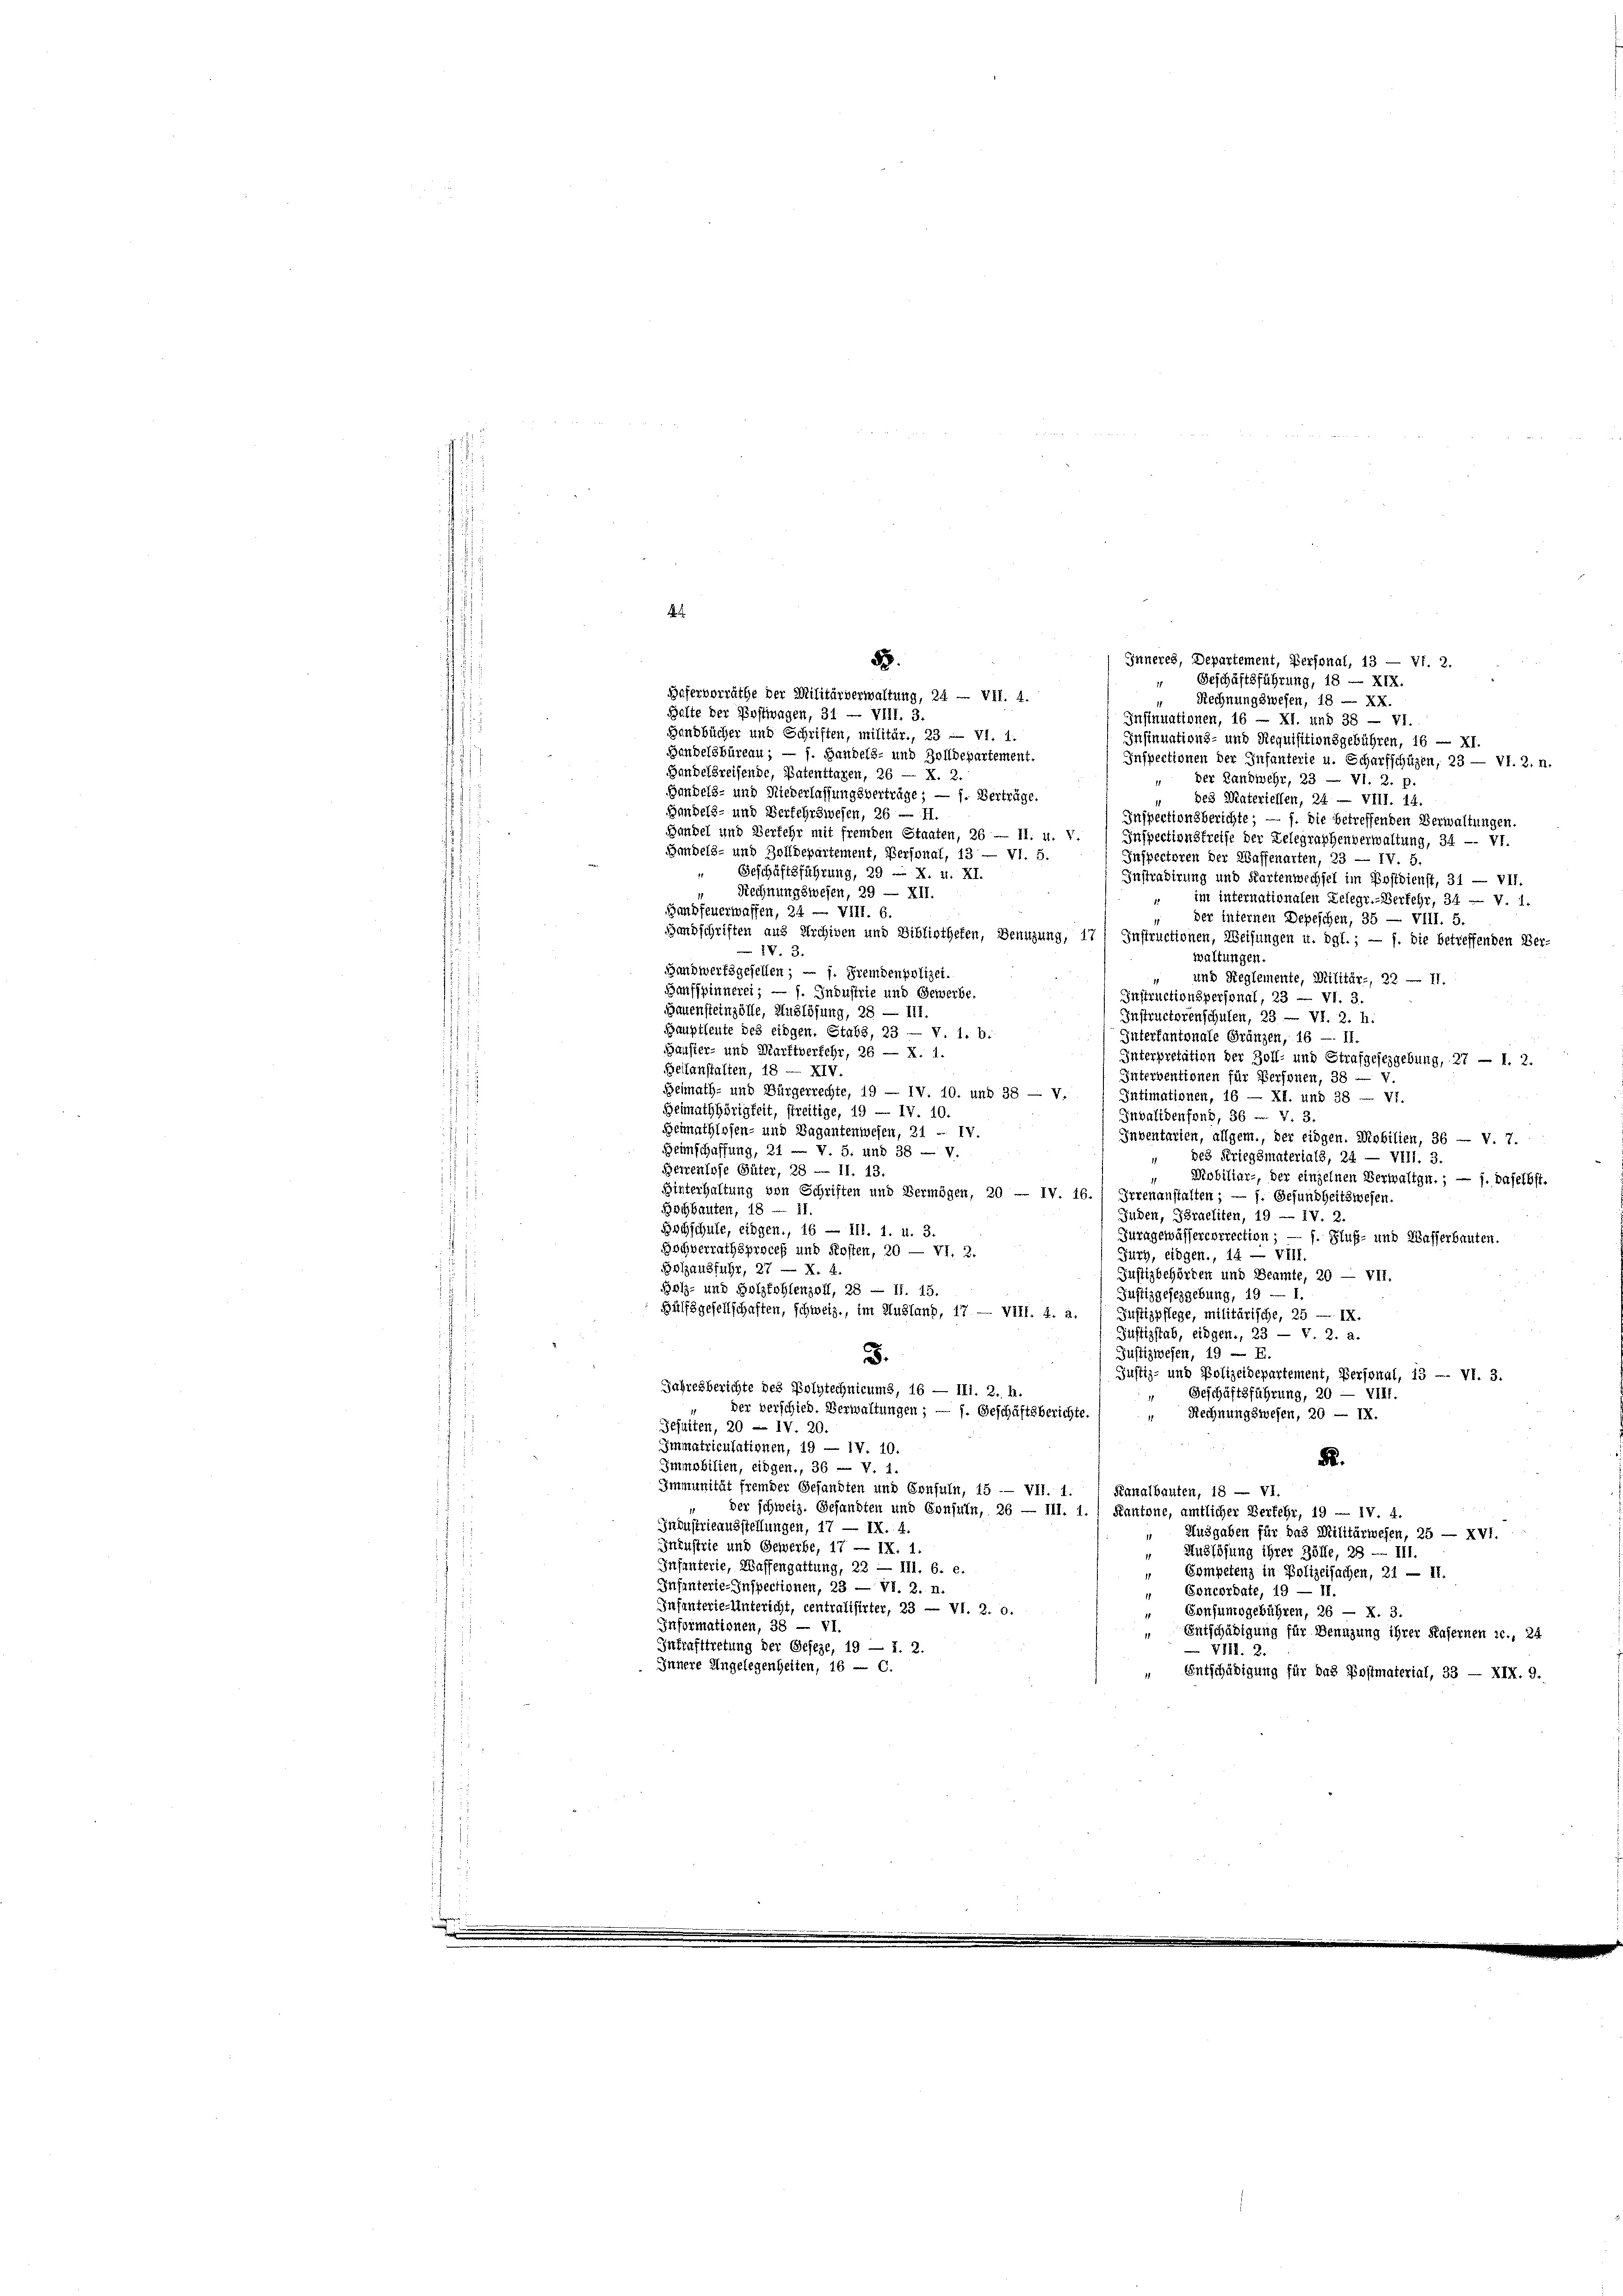
4

Handbücher und Schriften, militär., 23 - VI. 1.
Insinuations- und Requisitionsgebühren, 16 — XI.
Handelsbüreau ; — f. Handels- und Zolldepartement.
Inspectionen der Infanterie u. Scharfschüzen, 23 — VI. 2. n.
Gandelsreisende, Patenttagen, 26 — X. 2.
 Der Landwehr, 23 — VI. 2. p.
Handels- und Niederlassungsverträge; — 1. Verträge.
des Materiellen, 24 — VIII. 14.
Handels- und Verfehrswesen, 26 — H.
Inspectionsberichte; — f. die betreffenden Verwaltungen.
Bandel und Verkehr mit fremden Staaten, 26 — 11. u. V.
Inspectionsfreise der Gelegraphenverwaltung, 34 -- VI.
Sandels- und Zolldepartement, Personal, 13 — VI. 5.
Inspectoren der Waffenarten, 23 — IV. 5.
Geschäftsführung, 29 — X. u. XI.
Instradirung und Kartenwechsel im Postdienst, 31 — VII.
Rechnungswesen, 29 — XII.
im internationalen Gelegr.-Verfehr, 34 — V. 1.
Bandfeuerwaffen, 24 — VIII. 6.
der internen Depeschen, 35 — VIII. 5.
Handschriften aus Archiven und Bibliothefen, Benuzung, 17) Instructionen, Weisungen u. dgl.; — j. die betreffenden Ver-
V. 3.
waltungen.
Handwerksgesellen; — 1. Fremdenpolizei.
und Reglemente, Militär-, 22 — ff.
Baufspinnerei; — f. Industrie und Gewerbe.
Instructionspersonal, 23 — VI. 3.
Gauensteinzölle, Auslösung, 28 — 111.
Instructorenschulen, 23 — VI. 2. h.
Hauptleute des eidgen. Stabs, 23 — V. 1. b.
Interfantonale Gränzen, 16 — II.
Bauster- und Marftverkehr, 26 — X. 1.
Interpretation der Zoll- und Strafgesezgebung, 27 — 1. 2.
Beilanstalten, 18 — XIV.
Interventionen für Personen, 38 — V.
Beimath- und Bürgerrechte, 19 — IV. 10. und 38 — V.
Intimationen, 16 — XI. und 38 — VI.
Heimathörigkeit, streitige, 19 — IV. 10.
Invalidenfond, 36 -. V. 3.
Heimathlosen- und Vagantenwesen, 21 f. IV.
Inventarien, allgem., der eidgen. Mobilien, 36 — v. 7.
Beinschaffung, 24. V, S. und 38 — V.
des Kriegsmaterials, 24 — VIII. 3.
Berrenlose Güter, 28 — 11. 13.
Mobiliar-, der einzelnen Verwaltgn.; — j. daselbst.
Hinterhaltung von Schriften und Vermögen, 20 — IV. 16. / Irrenanstalten; — f. Gesundheitswesen.
Bohbauten, 18 — 11.
Juden, Traeliten, 19 — IV. 2.
Betschule, eingen., 16 — III. 1. u. 3.
Iuragewässercorrection; — f. Fluß- und Wasserbauten.
Hochverrathsproceß und Kosten, 20 — VI. 2.
Jury, eidgen., 14 — VIII.
Bolzausfuhr, 27 — X. 4.
Justizbehörden und Beamte, 20 — VII.
Holz- und Holzfohlenzoll, 28 — 11. 15.
Justizgesezgebung, 19 — 1.
Hülfsgesellschaften, schweiz., im Ausland, 17 — VIII. 4. a.
Justizpflege, militärische, 25 — IX.
Justizstab, eidgen., 23 — v. 2. a.
u
Justizwesen, 19 — E.
.
Justiz- und Polizeidepartement, Personal, 13 — VI. 3.
Jahresberichte des Polytechnicums, 16 — III. 2. h.
Geschäftsführung, 20 — VIII.
 der verschied. Verwaltungen; — 1. Geschäftsberichte.
Rechnungswesen, 20 — IX.
Jesuiten, 20 - IV. 20.
Immatriculationen, 19 — IV. 10.
8.
Immobilien, eingen., 36 — V. 1.
Immunität fremder Gesandten und Consuln, 15 - VII. 1. Kanalbauten, 18 — VI.
der schweiz. Gesandten und Consuln, 26 — III. 1. Kantone, amtlicher Verfehr, 19 — IV. 4.
Industrieausstellungen, 17 — IX. 4
Ausgaben für das Militärwesen, 25 — XVI.
Ineustrie und Gewerbe, 17 — IX. 1.
Auslösung ihrer Zölle, 23 — III.
Infanterie, Waffengattung, 22 — III. 6. e.
Competenz in Polizeisachen, 21 — 11.
Infanterie-Inspectionen, 23 — VI. 2. n.
Concordate, 19 — II.
Infanterie-Untericht, centralisirter, 23 — VI. 2. o.
Sonfumsgebühren, 26 — X. 3.
Informationen, 38 — VI.
Entschädigung für Benuzung ihrer Kasernen c., 24
Inkrafttretung der Geseze, 19 — 1. 2.
— VIII. 2.
Innere Angelegenheiten, 16 — C.
„ Entschädigung für das Postmaterial, 33 — XIX. 9.

Inneres, Departement, Personal, 13 — Vf. 2.
55.
“ Geschäftsführung, 18 — XIX.
Bafervorräthe der Militärverwaltung, 24 — VII. 4.
" Rechnungswesen, 18 — XX.
Halte der Postwagen, 31 — VIII. 3.
Insinuationen, 16 — XI. und 38 — VI.